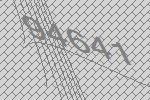
94641